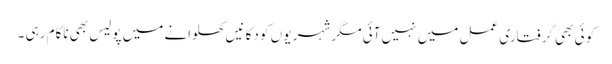
کو ئی بھی گرفتاری عمل میں نہیں آئی مگر شہر یو ں کو دکا نیں کھلوانے میں پولیس بھی ناکام رہی ۔